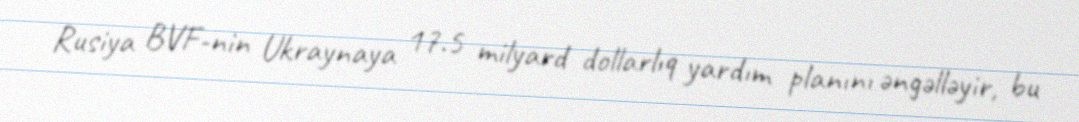
Rusiya BVF-nin Ukraynaya 17.5 milyard dollarlıq yardım planını əngəlləyir, bu